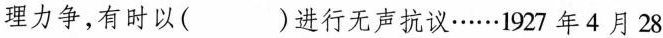
理力争，有时以( )进行无声抗议……1927年4月28